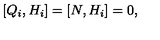
[ Q _ { i } , H _ { i } ] = [ N , H _ { i } ] = 0 ,